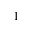
^ 1